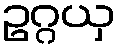
ဥဂ္ဂယှ